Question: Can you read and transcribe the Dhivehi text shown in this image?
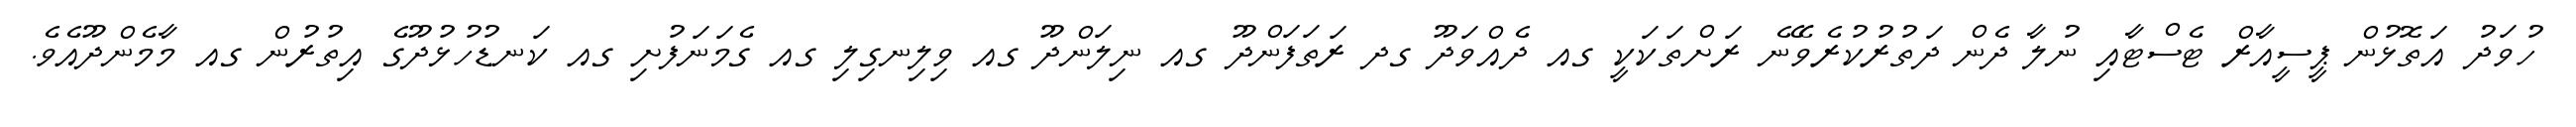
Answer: ހުވަދު އަތޮޅުން ޕީސީއާރް ޓެސްޓާއި ނުލާ ދެން ދަތުރުކުރެވޭނެ ރަށްތަކަކީ ގއ ދެއްވަދޫ ގދ ރަތަފަންދޫ ގއ ނިލަންދޫ ގއ ވިލިނގިލި ގއ ގެމަނަފުށި ގއ ކަނޑުހުޅުދޫގެ އިތުރުން ގއ މާމެންދޫއެވެ.